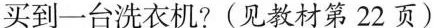
买到一台洗衣机?(见教材第22页)